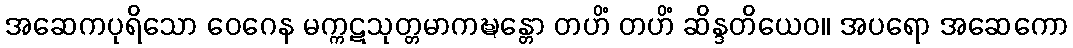
အဆေကပုရိသော ဝေဂေန မက္ကဋသုတ္တမာကဍ္ဎန္တော တဟိံ တဟိံ ဆိန္ဒတိယေဝ။ အပရော အဆေကော